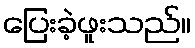
ပြေးခဲ့ဖူးသည်။